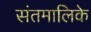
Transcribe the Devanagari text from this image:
संतमालिके